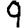
Digit: 9